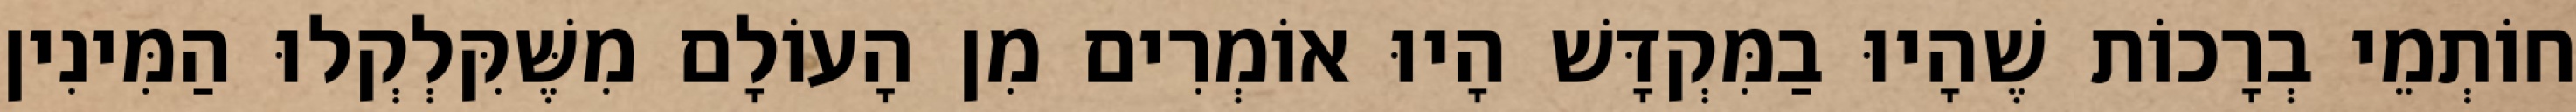
חוֹתְמֵי בְרָכוֹת שֶׁהָיוּ בַמִּקְדָּשׁ הָיוּ אוֹמְרִים מִן הָעוֹלָם מִשֶּׁקִּלְקְלוּ הַמִּינִין